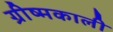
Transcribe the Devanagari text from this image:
ग्रीष्मकाली